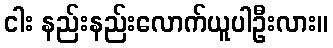
ငါး နည်းနည်းလောက်ယူပါဦးလား။